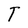
Character: T